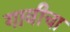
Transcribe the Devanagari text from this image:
गावीचा